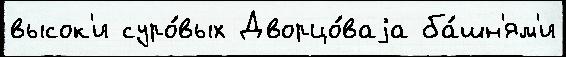
высок'и суро́вых Дворцо́ваjа ба́шн'ям'и